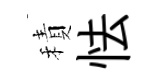
積怯